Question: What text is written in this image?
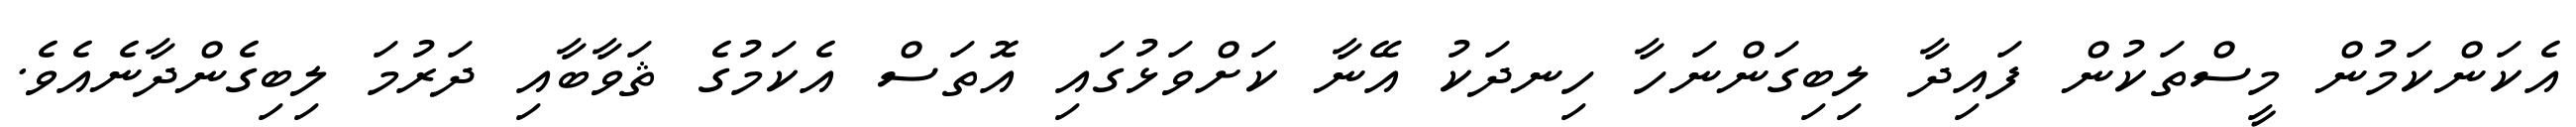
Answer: އެކަންކަމުން މީސްތަކުން ފައިދާ ލިބިގަންނަހާ ހިނދަކު އޭނާ ކަށްވަޅުގައި އޮތަސް އެކަމުގެ ޘަވާބާއި ދަރުމަ ލިބިގެންދާނެއެވެ.